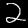
Digit: 2